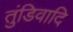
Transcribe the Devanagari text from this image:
तुंडिवादि